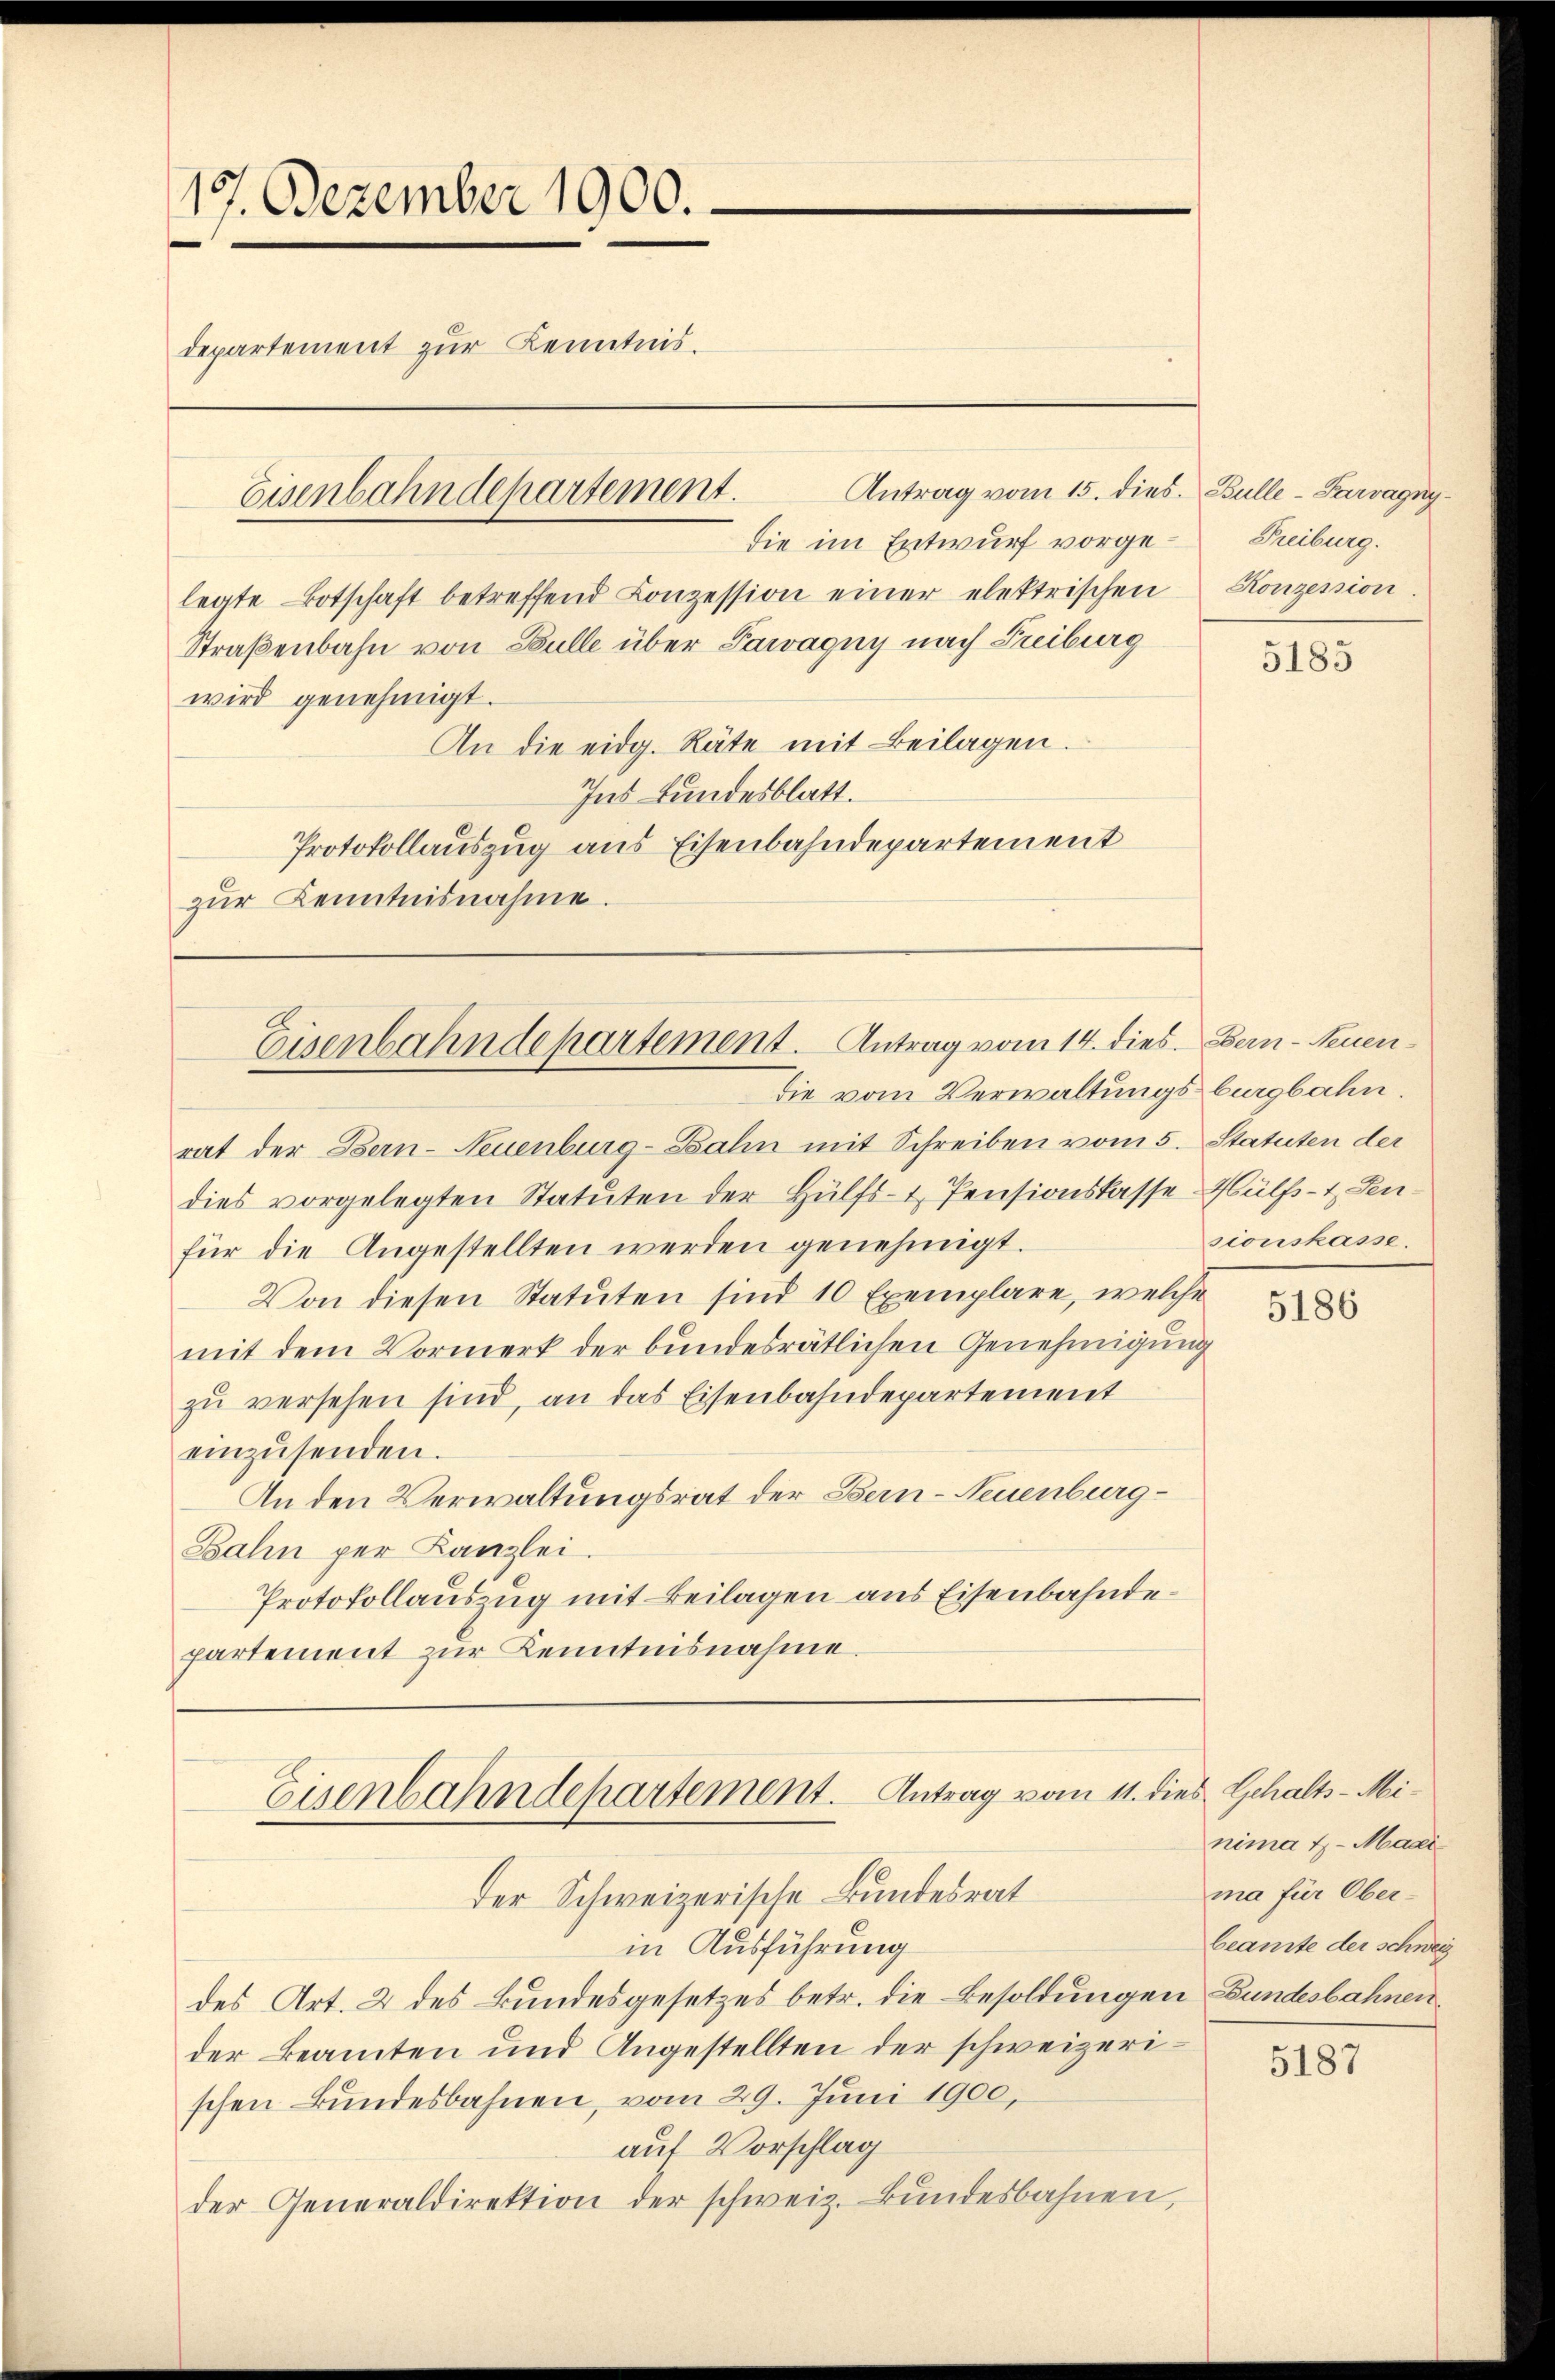
17. Dezember 1900.
departement zur Kenntnis.
Eisenbahndepartement.
Straßenbahn von Bulle über Paragny nach Freiburg
wird genehmigt.
An die eidg. Räte mit Beilagen.
Ins Bundesblatt.
Protokollauszug aus Eisenbahndepartement

zŭr Kenntnisnahme.

legte Botschaft betreffend Conzession einer elektrischen Konzession.

die im Entwurf vorge¬

Eisenbahndepartement. Antrag vom 14. dies. Bern-Neuendie vom Verwaltungsburgbahn.

rat der Bern-Neuenburg-Bahn mit Schreiben vom 5. Statuten der
dies vorgelegten Statuten der Hülfs-I. Pensionskasse Hülfs- & Senfür die Angestellten werden genehmigt.
Von diesen Statuten sind 10 Exemplare, welche
mit dem Vormerk der bundesrätlichen Genehmigung
zu versehen sind, an das Eisenbahndepartement
einzŭsenden.
An den Verwaltungsrat der Bern-Neuenburg¬
Bahn per Kanzlei.
Protokollauszug mit Beilagen aus Eisenbahndepartement zur Kenntnisnahme.

Eisenbahndepartement. Antrag vom 11. die
der Schweizerische Bundesrat

Antrag vom 15. dies. Bulle-Parvagny
Freiburg.

in Ausführung
des Art. 2 des Bundesgesetzes betr. die Besoldungen Bundesbahnen.
der Beamten und Angestellten der schweizerischen Bundesbahnen, vom 29. Juni 1900,
auf Vorschlag
der Generaldirektion der schweiz. Bŭndesbahnen,

5185

sionskasse.

5186

8 Gehalts-Minima t Magi
ma für Oberbeamte der schweiz

5187